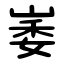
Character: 崣